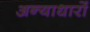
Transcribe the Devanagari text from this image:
अन्याधारों